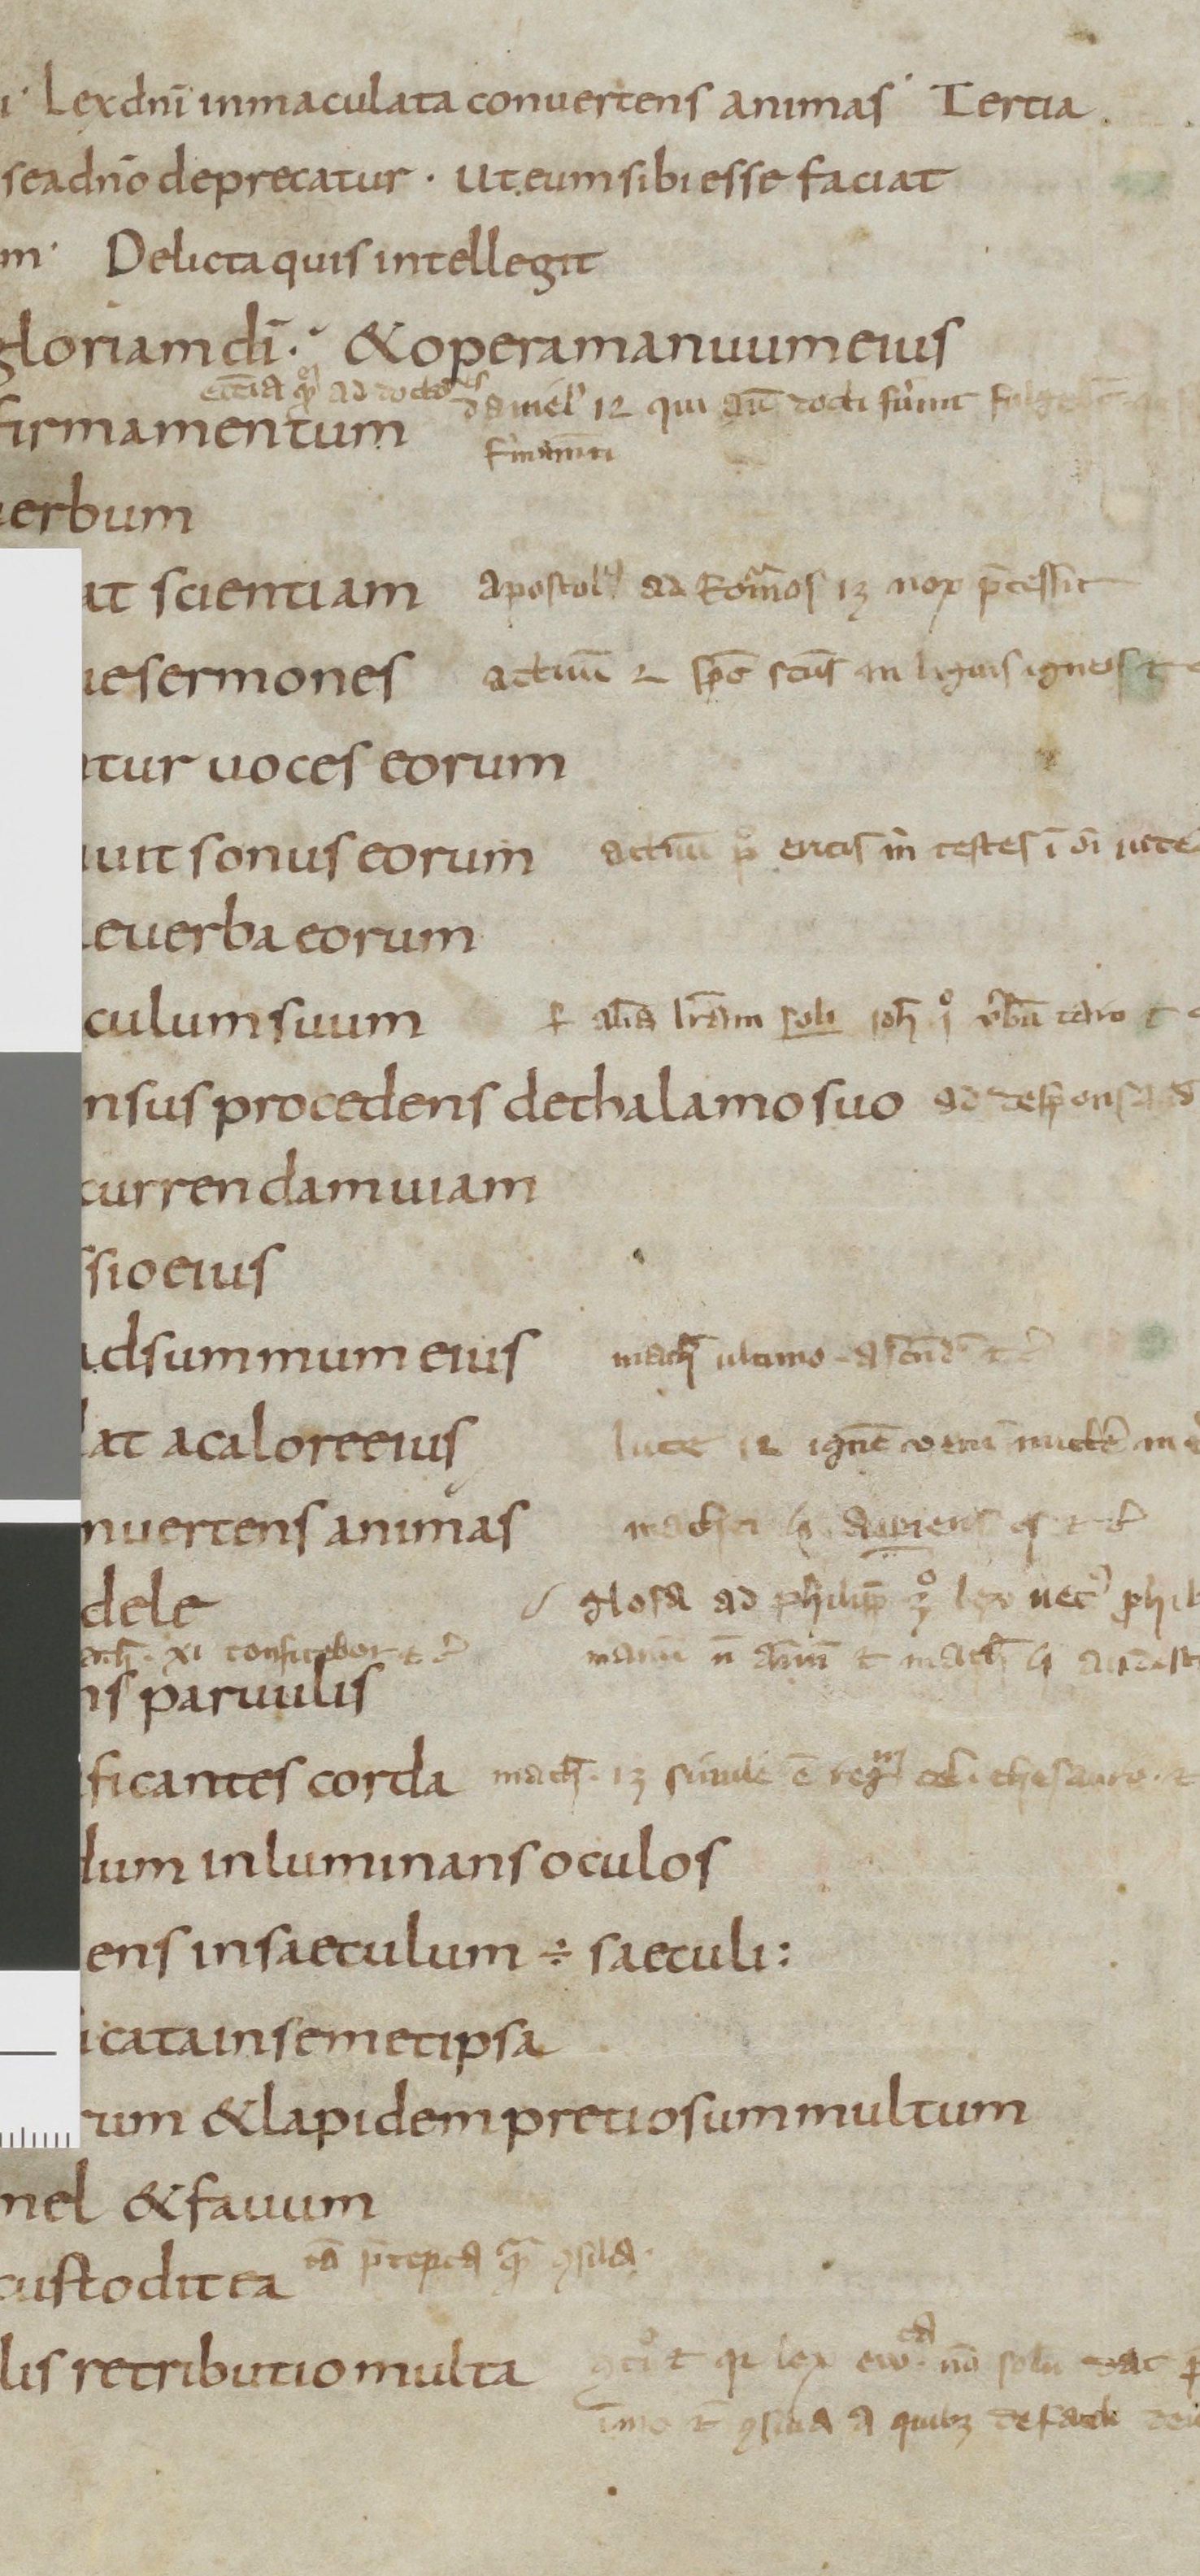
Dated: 800–899